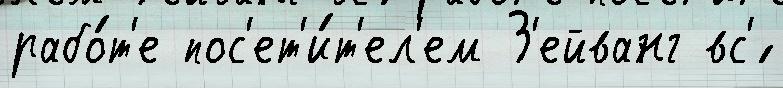
рабо́т'е пос'ет'и́т'ел'ем З'ейванг вс'́